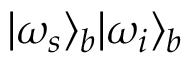
\vert \omega _ { s } \rangle _ { b } \vert \omega _ { i } \rangle _ { b }